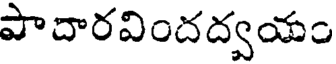
పాదారవిందద్వయం